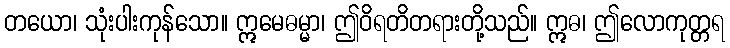
တယော၊ သုံးပါးကုန်သော။ ဣမေဓမ္မာ၊ ဤဝိရတိတရားတို့သည်။ ဣဓ၊ ဤလောကုတ္တရ